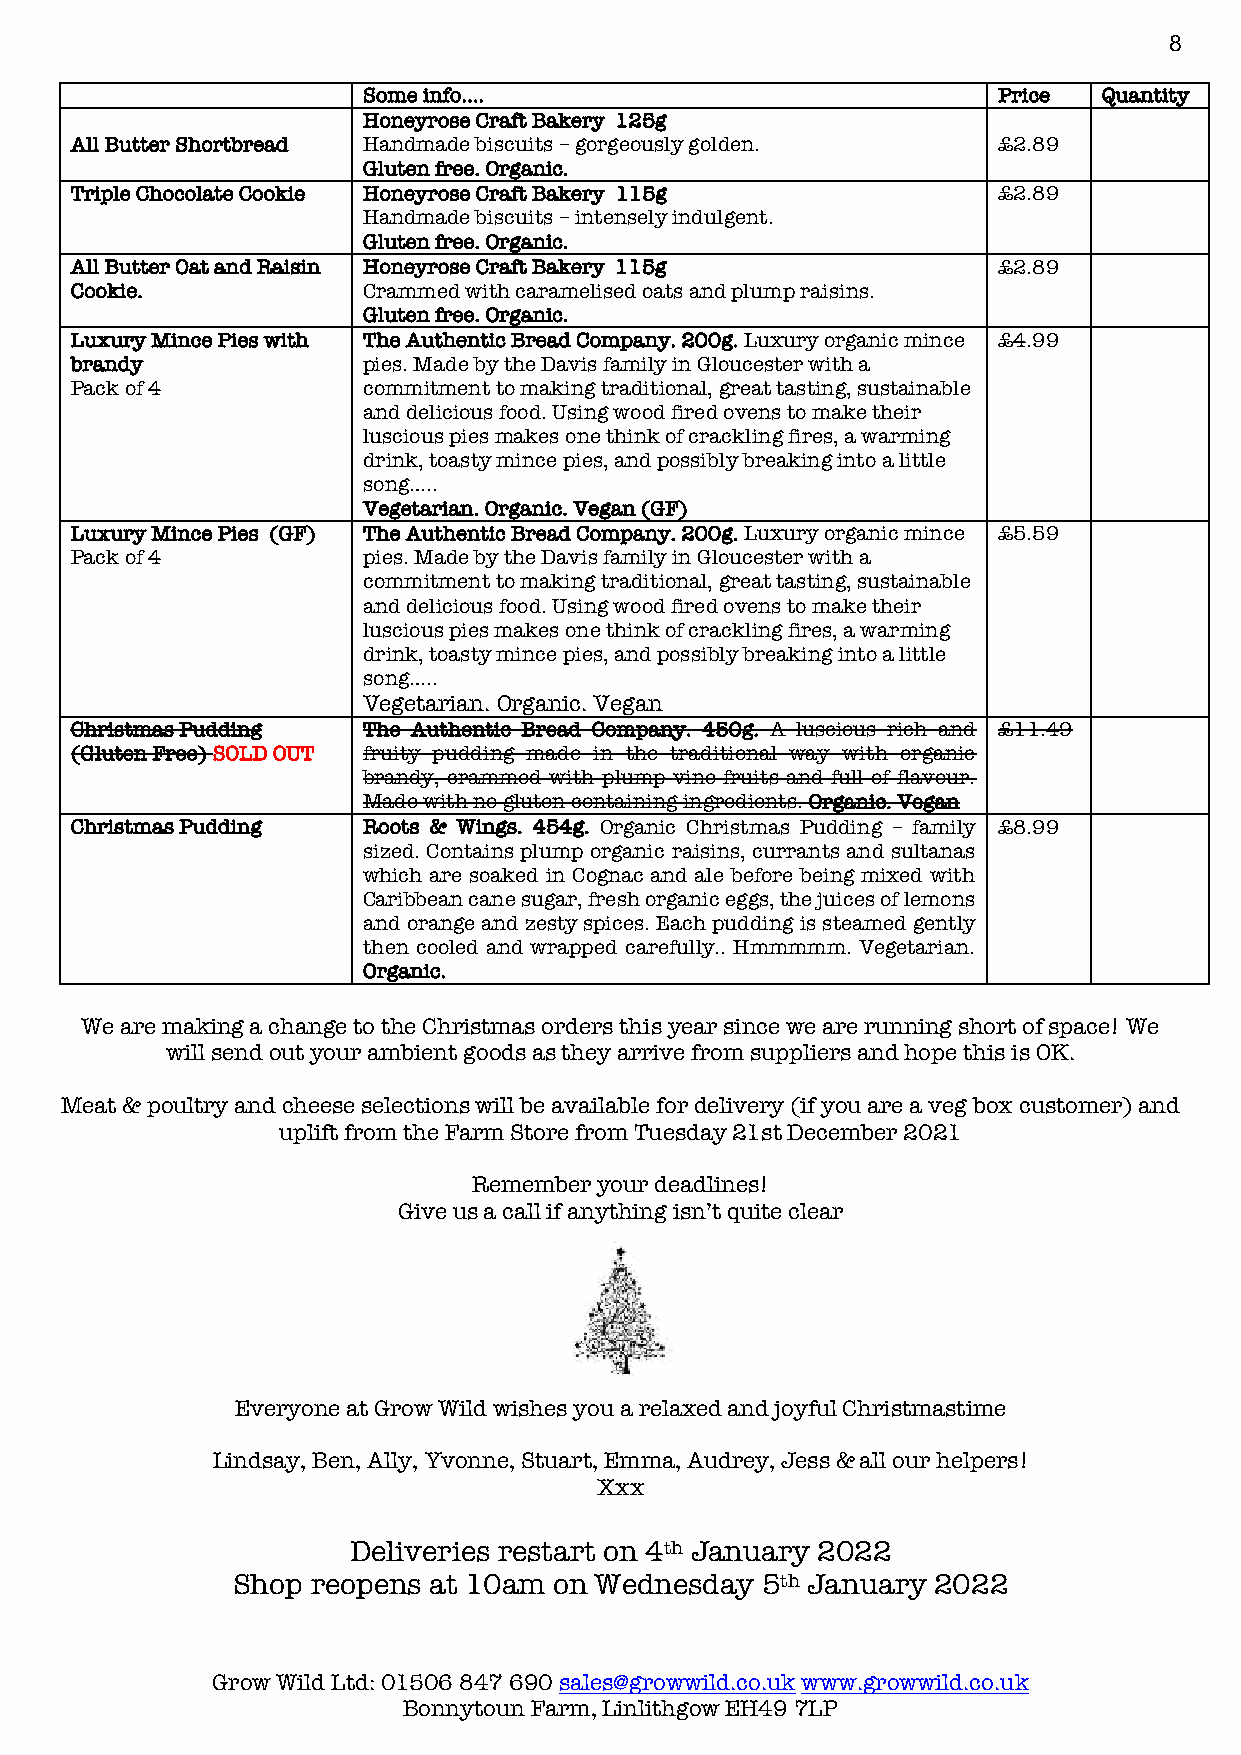
8
 Some info….                               Price  Quantity
 Honeyrose Craft Bakery 125g
 All Butter Shortbread Handmade biscuits – gorgeously golden. £2.89
 Gluten free. Organic.
 Triple Chocolate Cookie Honeyrose Craft Bakery 115g          £2.89
 Handmade biscuits – intensely indulgent.
 Gluten free. Organic.
 All Butter Oat and Raisin Honeyrose Craft Bakery 115g        £2.89
 Cookie.            Crammed with caramelised oats and plump raisins.
 Gluten free. Organic.
 Luxury Mince Pies with The Authentic Bread Company. 200g. Luxury organic mince £4.99
 brandy             pies. Made by the Davis family in Gloucester with a
 Pack of 4          commitment to making traditional, great tasting, sustainable
 and delicious food. Using wood fired ovens to make their
 luscious pies makes one think of crackling fires, a warming
 drink, toasty mince pies, and possibly breaking into a little
 song…..
 Vegetarian. Organic. Vegan (GF)
 Luxury Mince Pies (GF) The Authentic Bread Company. 200g. Luxury organic mince £5.59
 Pack of 4          pies. Made by the Davis family in Gloucester with a
 commitment to making traditional, great tasting, sustainable
 and delicious food. Using wood fired ovens to make their
 luscious pies makes one think of crackling fires, a warming
 drink, toasty mince pies, and possibly breaking into a little
 song…..
 Vegetarian. Organic. Vegan
 Christmas Pudding  The Authentic Bread Company. 450g. A luscious rich and £11.49
 (Gluten Free) SOLD OUT fruity pudding made in the traditional way with organic
 brandy, crammed with plump vine fruits and full of flavour.
 Made with no gluten containing ingredients. Organic. Vegan
 Christmas Pudding  Roots & Wings. 454g. Organic Christmas Pudding – family £8.99
 sized. Contains plump organic raisins, currants and sultanas
 which are soaked in Cognac and ale before being mixed with
 Caribbean cane sugar, fresh organic eggs, the juices of lemons
 and orange and zesty spices. Each pudding is steamed gently
 then cooled and wrapped carefully.. Hmmmmm. Vegetarian.
 Organic.
 We are making a change to the Christmas orders this year since we are running short of space! We
 will send out your ambient goods as they arrive from suppliers and hope this is OK.
 Meat & poultry and cheese selections will be available for delivery (if you are a veg box customer) and
 uplift from the Farm Store from Tuesday 21st December 2021
 Remember your deadlines!
 Give us a call if anything isn’t quite clear
 Everyone at Grow Wild wishes you a relaxed and joyful Christmastime
 Lindsay, Ben, Ally, Yvonne, Stuart, Emma, Audrey, Jess & all our helpers!
 Xxx
 Deliveries restart on 4th January 2022
 Shop  reopens at 10am on Wednesday 5th January 2022
 Grow Wild Ltd: 01506 847 690 sales@growwild.co.uk www.growwild.co.uk
 Bonnytoun Farm, Linlithgow EH49 7LP